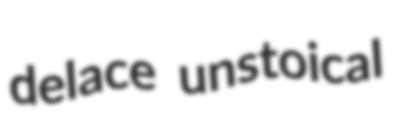
delace unstoical